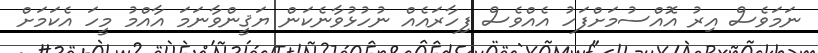
ނަމަވެސް އިރު އޮއްސުމަށްފަހު އެއްވެސް ފިހާރައެއް ނުހުޅުވާނެކަން ޔަޤީންވާނަމަ އާއްމު މީހަ އެކަމަށް